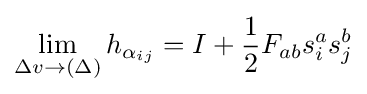
\lim _{\Delta v\rightarrow (\Delta )}h_{\alpha _{ij}}=I+{1 \over 2}F_{ab}s_{i}^{a}s_{j}^{b}